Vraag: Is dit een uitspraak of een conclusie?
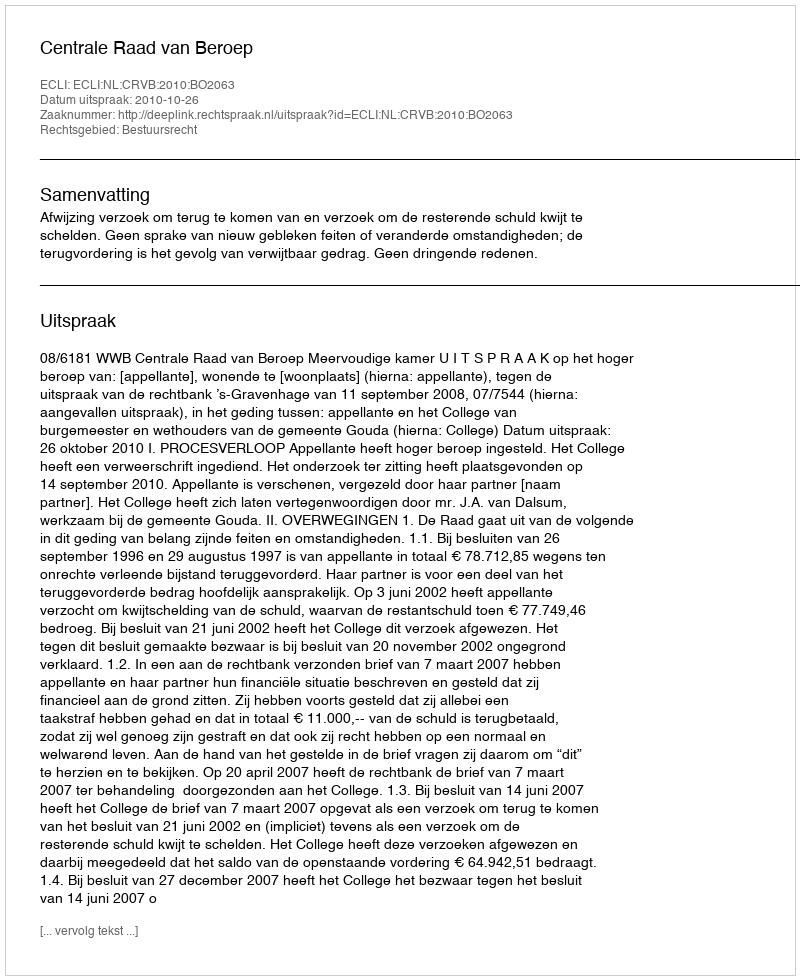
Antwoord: Uitspraak